system: You are a helpful assistant.
user:
Analyze the provided spectrum to determine if it is a **S-type Star**.

- **Key Indicators for S-type Star:**

    - **(Overall Spectrum Shape):** The first and most obvious characteristic is the overall continuum (the "baseline" shape). It is **extremely "red-sloping,"** meaning the flux (light intensity) is very low on the left side (blue, ~4000-4500 Å) and rises steeply and continuously toward the right side (red, ~7000 Å+).

    - **(Primary):** The spectrum is defined by the presence of strong, broad molecular absorption "valleys" (bands) from **Zirconium Oxide (ZrO)**. The identification of these bands is the **primary requirement** for classifying a star as S-type.
        - **(Key Bandheads):** You must find distinct, deep "dips" where the light has been absorbed. The most critical band systems to locate are:
            - **~6474 Å** ($\gamma$-system): This is often the strongest and clearest ZrO feature, found in the red part of the spectrum.
            - **~5718 Å** & **~5551 Å** ($\beta$-system): A pair of prominent absorption features in the yellow-orange part of the spectrum.
            - **~4640 Å** ($\alpha$-system): A key absorption band system in the blue-green region of the spectrum.

    - **(Secondary Confirmation):** The classification is strengthened by finding additional absorption bands from other related heavy element oxides, which are expected to be present alongside ZrO.
        - **(Key Bandheads):**
            - **Yttrium Oxide (YO):** Look for absorption dips near **~4800 Å** and **~6100 Å**.
            - **Lanthanum Oxide (LaO):** Additional absorption features, particularly in the red-orange part of the spectrum, are also characteristic.

    - **(Line Profile):** The combination of the steep red continuum and these numerous, deep molecular bands (ZrO, YO, etc.) gives the entire spectrum a very **"chopped-up"** or **"bumpy"** appearance. Instead of a smooth curve, the spectrum looks as though large, wide chunks of light have been "carved out" of it at the specific wavelengths listed above.

Think first, call **spectral_visualization_tool** if needed to examine features in detail, then provide your final answer. Your response must adhere to the following strict rules:
1.  **Overall Structure:** Your response must follow the format `<think>...</think> <tool_call>...</tool_call> (if a tool is used) <answer>...</answer>`.
2.  **Tool Usage Constraint:** You may only make **one** tool call per turn.
3.  **Final Answer Format:** In the `<answer>` tag, your conclusion must be inside a `\boxed{}` command (e.g., `\boxed{YES}` or `\boxed{NO}`), followed by your justification.

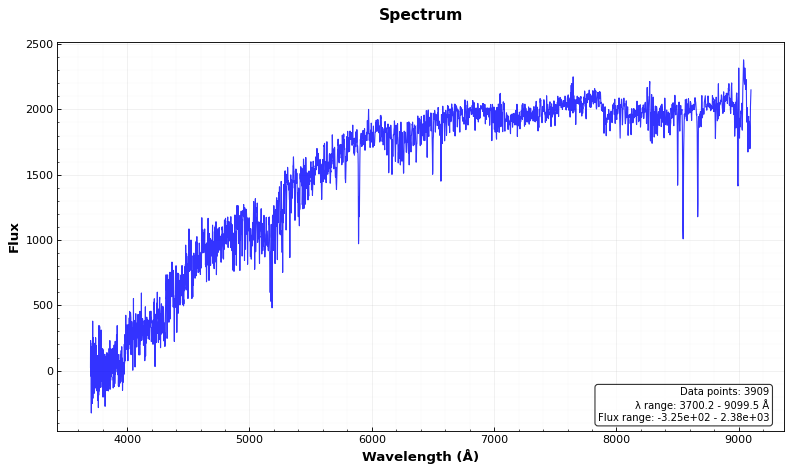
Answer: NO